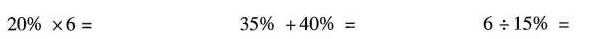
$$2 0 % \times 6 =$$ $$3 5 % + 4 0 % =$$ $$6 \div 1 5 % =$$